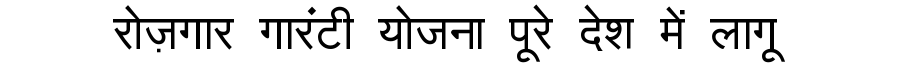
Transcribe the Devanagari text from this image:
रोज़गार गारंटी योजना पूरे देश में लागू